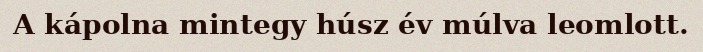
A kápolna mintegy húsz év múlva leomlott.